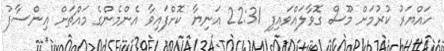
ހައްޔަރު ކުރުމަށް މޫސް ގޮވާލައްވައިފި 22:31 އަނިޔާ ކޮށްފައިވާ އެންމެންގެ މައްޗަށް އިންސާފު